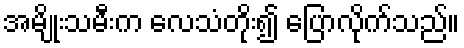
အမျိုးသမီးက လေသံတိုး၍ ပြောလိုက်သည်။